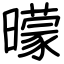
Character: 曚